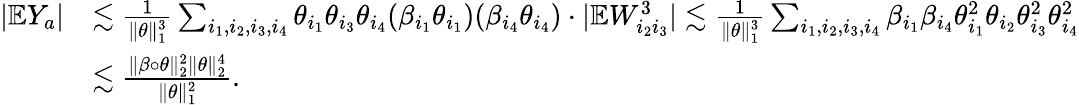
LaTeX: \begin{array}{rl}{|\mathbb{E}Y_{a}|}&{\lesssim\frac{1}{\| \theta\| _{1}^{3}}\sum_{i_{1},i_{2},i_{3},i_{4}}\theta_{i_{1}}\theta_{i_{3}}\theta_{i_{4}}(\beta_{i_{1}}\theta_{i_{1}})(\beta_{i_{4}}\theta_{i_{4}})\cdot|\mathbb{E}W_{i_{2}i_{3}}^{3}|\lesssim\frac{1}{\| \theta\| _{1}^{3}}\sum_{i_{1},i_{2},i_{3},i_{4}}\beta_{i_{1}}\beta_{i_{4}}\theta_{i_{1}}^{2}\theta_{i_{2}}\theta_{i_{3}}^{2}\theta_{i_{4}}^{2}}\\ &{\lesssim\frac{\| \beta\circ\theta\| _{2}^{2}\| \theta\| _{2}^{4}}{\| \theta\| _{1}^{2}}.}\end{array}